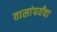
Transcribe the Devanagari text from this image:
तासांपर्यंचा